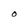
Character: O